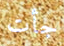
جأت